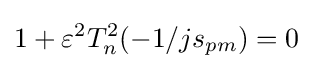
1+\varepsilon ^{2}T_{n}^{2}(-1/js_{pm})=0